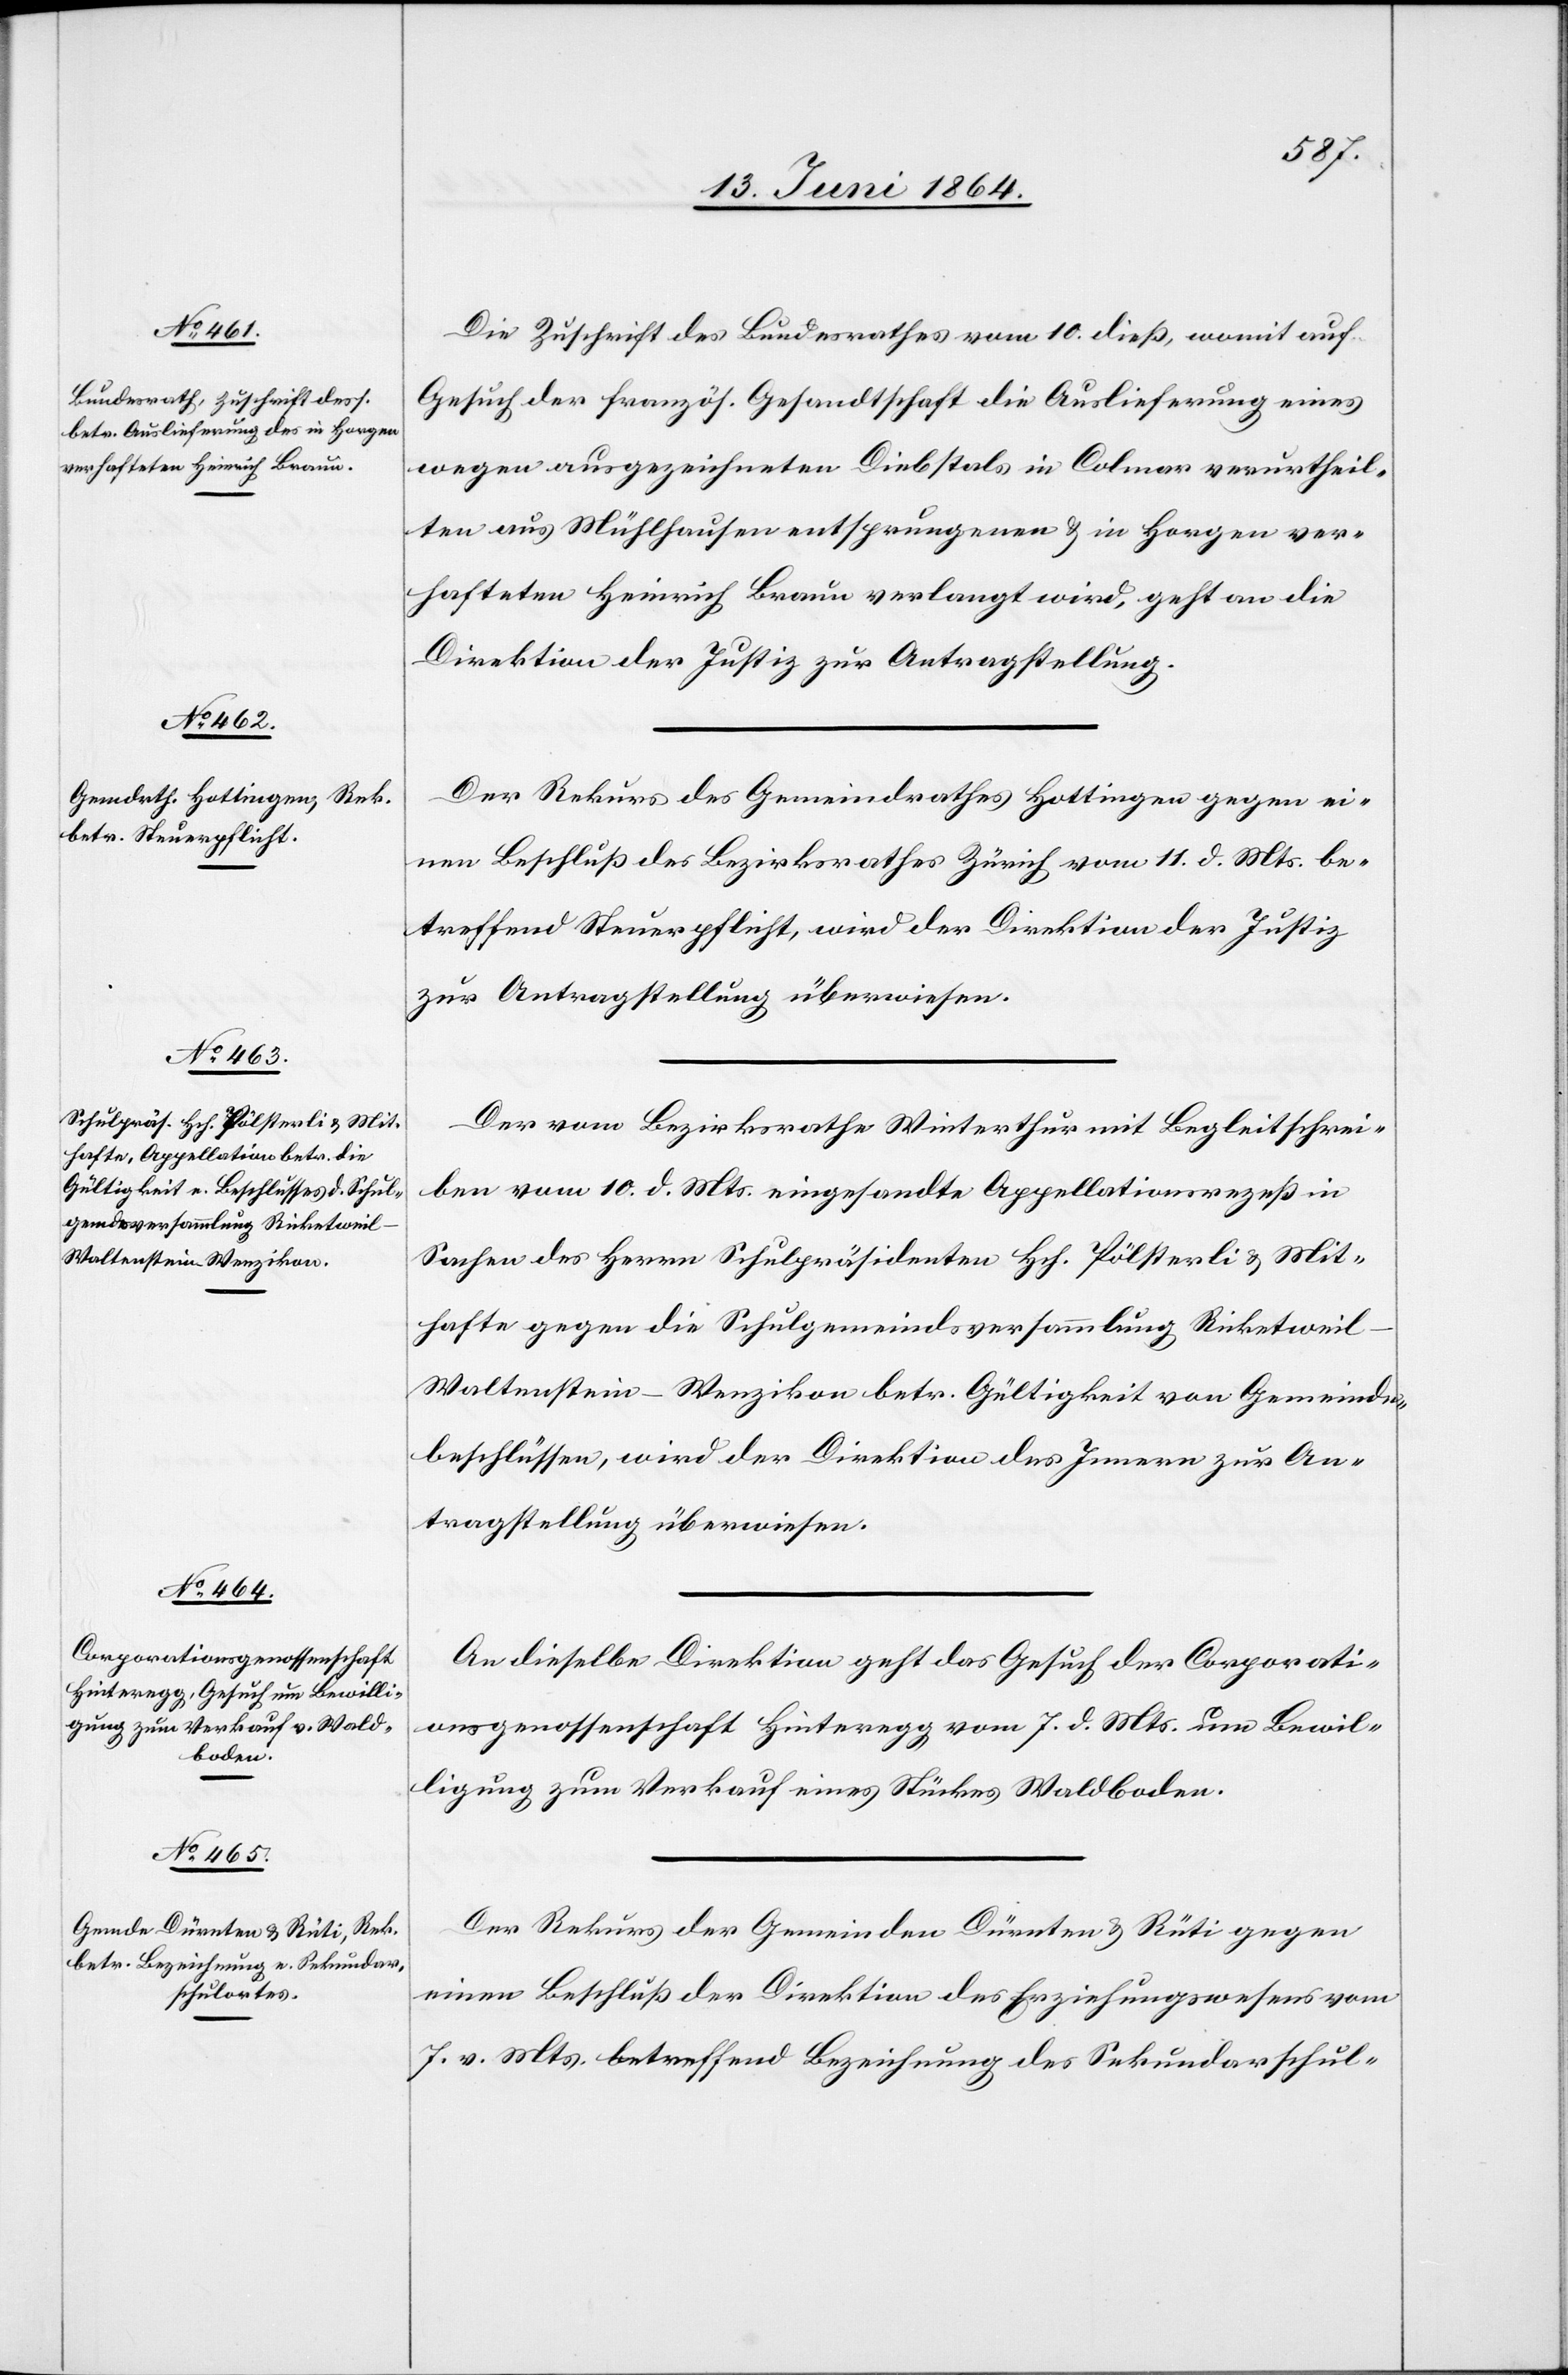
13. Juni 1864.]
Die Zuschrift des Bundesrathes vom 10. dieß, womit auf
Gesuch der französ. Gesandtschaft die Auslieferung eines
wegen ausgezeichneten Diebstals in Colmar verurtheil¬
ten aus Mühlhausen entsprungenen u. in Horgen ver¬
hafteten Heinrich Braun verlangt wird, geht an die
Direktion der Justiz zur Antragstellung.
Der Rekurs des Gemeindrathes Hottingen gegen ei¬
nen Beschluß des Bezirksrathes Zürich vom 11. d. Mts. be¬
treffend Steuerpflicht, wird der Direktion der Justiz
zur Antragstellung überwiesen.
Der vom Bezirksrathe Winterthur mit Begleitschrei¬
ben vom 10. d. Mts. eingesandte Appellationsrezeß in
Sachen des Herrn Schulpräsidenten Hch. Pölsterli u. Mit¬
hafte gegen die Schulgemeindsversammlung Ricketweil
Waltenstein – Wenzikon betr. Gültigkeit von Gemeinde¬
beschlüssen, wird der Direktion des Innern zur An¬
tragstellung überwiesen.
An dieselbe Direktion geht das Gesuch der Corporati¬
onsgenossenschaft Hinteregg vom 7. d. Mts um Bewil¬
ligung zum Verkauf eines Stückes Waldboden.
Der Rekurs der Gemeinden Dürnten u. Rüti gegen
einen Beschluß der Direktion des Erziehungswesens vom
7. v. Mts. betreffend Bezeichnung des Sekundarschul-